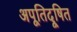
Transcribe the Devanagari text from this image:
अपूतिदूषित